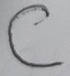
Text: C